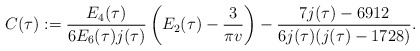
\begin{align*}C(\tau):=\frac{E_4(\tau)}{6E_6(\tau)j(\tau)}\left(E_2(\tau)-\frac{3}{\pi v}\right)-\frac{7j(\tau)-6912}{6j(\tau)(j(\tau)-1728)}.\end{align*}